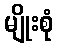
မျိုးစုံ